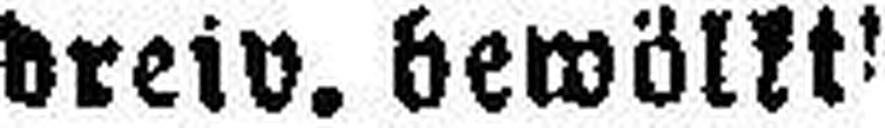
dreiv. bewölk